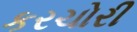
કરચોરી